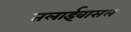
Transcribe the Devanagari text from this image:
तलाईवासल